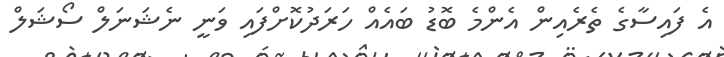
އެ ފައިސާގެ ތެރެއިން އެންމެ ބޮޑު ބައެއް ހަރަދުކޮށްފައި ވަނީ ނެޝަނަލް ސޯޝަލް